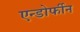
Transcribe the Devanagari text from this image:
एन्डोर्फीन